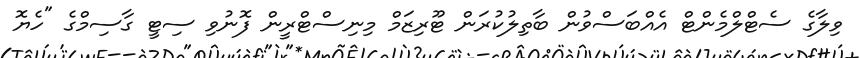
ވިލާގެ ސެޓްލްމެންޓް އެއްބަސްވުން ބާތިލުކުރަން ޓޫރިޒަމް މިނިސްޓްރީން ފޮނުވި ސިޓީ ގާސިމްގެ "ހެޔޮ